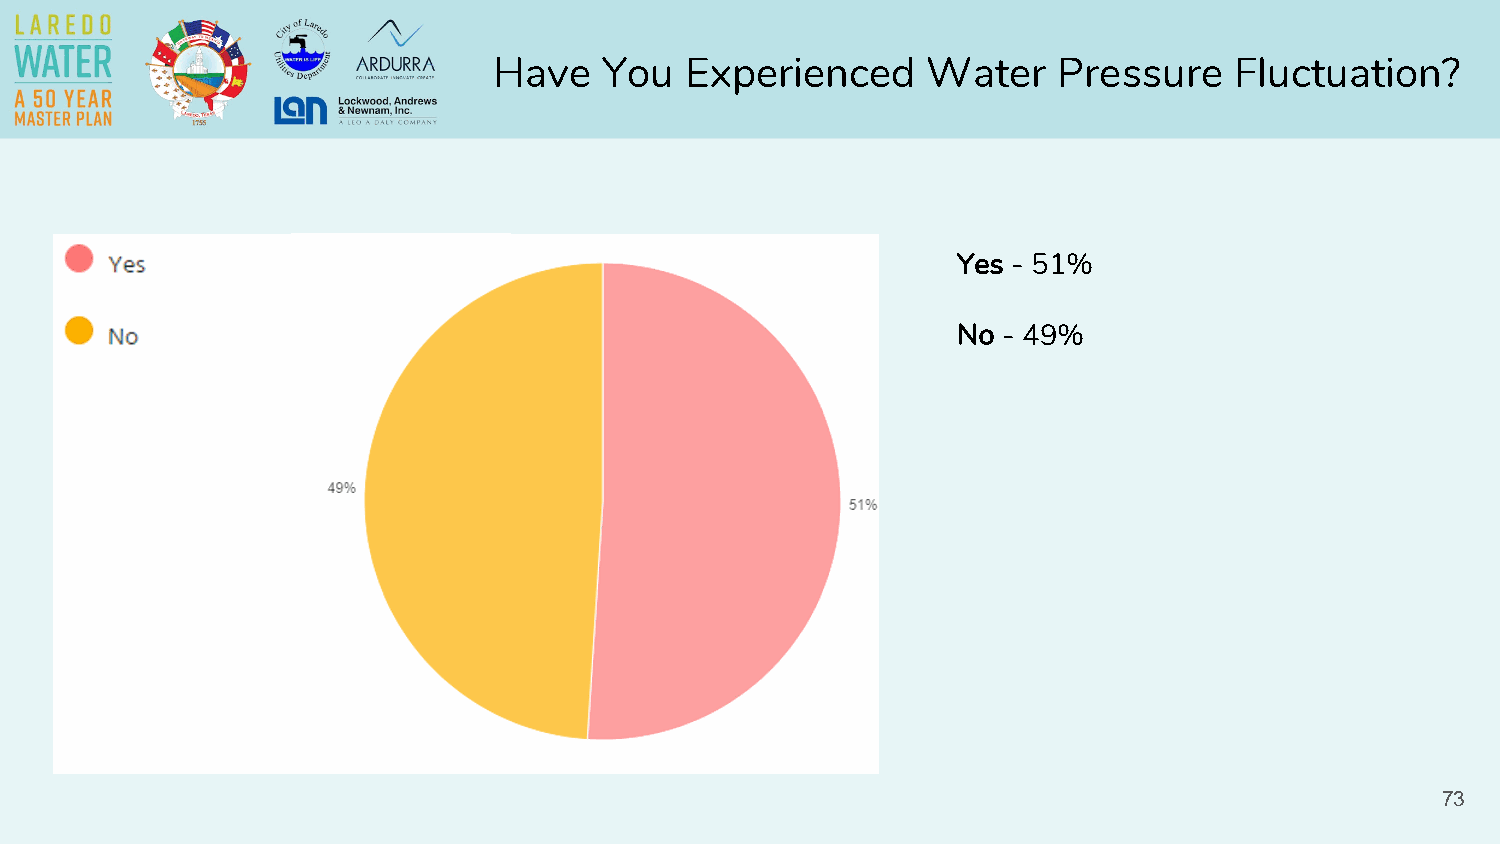
Have   You  Experienced     Water    Pressure    Fluctuation?
 Yes - 51%
 No - 49%
 73